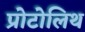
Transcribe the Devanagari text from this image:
प्रोटोलिथ